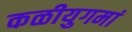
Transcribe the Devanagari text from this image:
कळीयुगमां